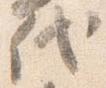
代